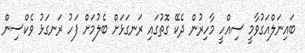
ބައިނަލްއަގުވާމީ ސިއްހީ މާހިރުން ދެކޭ ގޮތުގައި ރަނގަޅަށް ބެލުމަށް ފަހު ރަނގަޅު ވެކްސިން